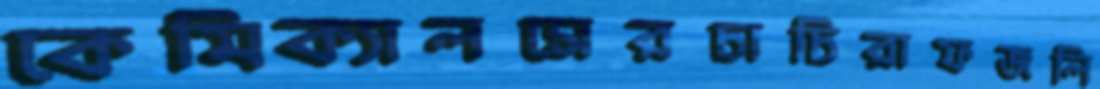
কেমিক্যালসেরচাচিরাফজলি